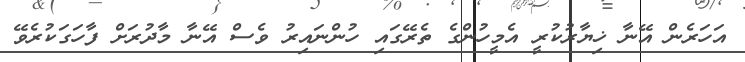
އަހަރެން އޭނާ ޚިޔާރުކުރީ އެމީހުންގެ ތެރޭގައި ހުންނައިރު ވެސް އޭނާ މާދުރަށް ފާހަގަކުރެވޭ